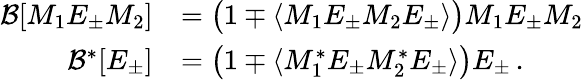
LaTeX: \begin{array}{rl}{\mathcal{B}[M_{1}E_{\pm}M_{2}]}&{=\big(1\mp\langle M_{1}E_{\pm}M_{2}E_{\pm}\rangle\big)M_{1}E_{\pm}M_{2}}\\ {\mathcal{B}^{*}[E_{\pm}]}&{=\big(1\mp\langle M_{1}^{*}E_{\pm}M_{2}^{*}E_{\pm}\rangle\big)E_{\pm}\, .}\end{array}